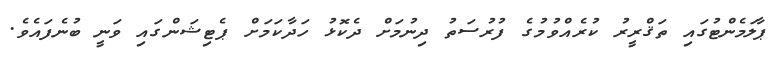
ޕާލަމެންޓުގައި ތަޤްރީރު ކުރެއްވުމުގެ ފުރުސަތު ދިނުމަށް ދެކޮޅު ހަދާކަމަށް ޕެޓިޝަންގައި ވަނީ ބުނެފައެވެ.